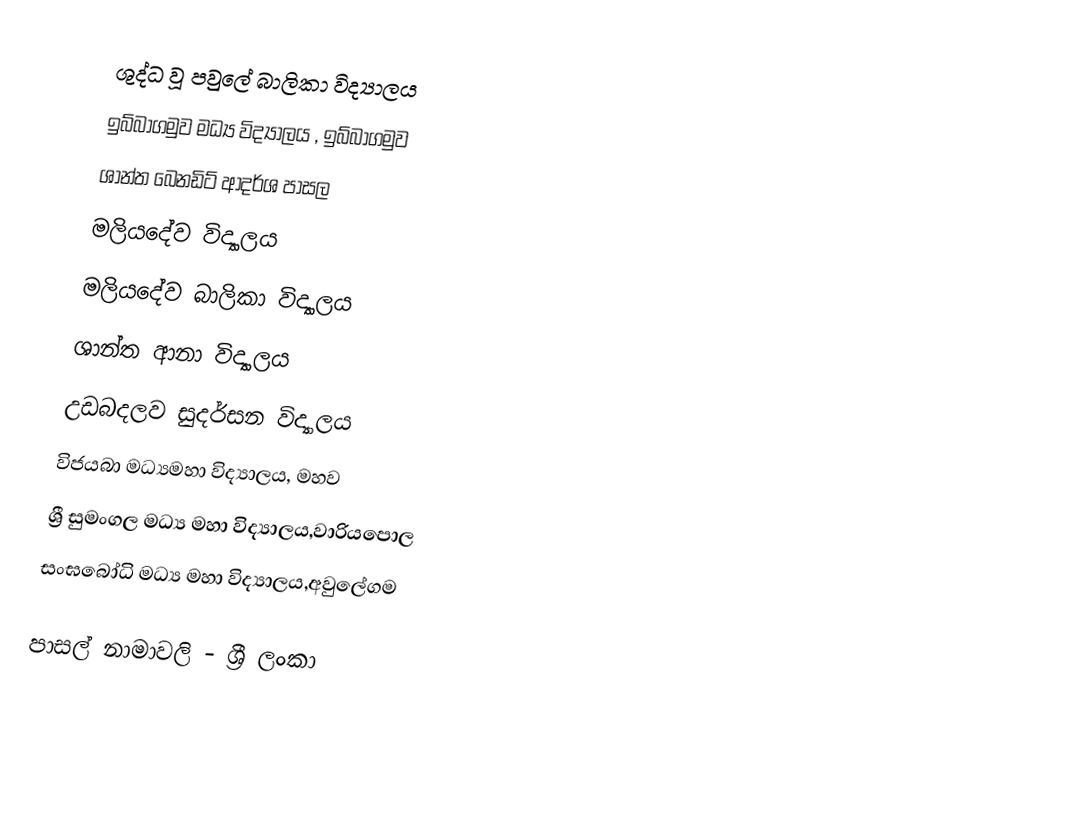
ශුද්ධ වූ පවුලේ බාලිකා විද්‍යාලය
 ඉබ්බාගමුව මධ්‍ය විද්‍යාලය , ඉබ්බාගමුව
 ශාන්ත බෙනඩිට් ආදර්ශ පාසල
 මලියදේව විද්‍යාලය
 මලියදේව බාලිකා විද්‍යාලය
 ශාන්ත ආනා විද්‍යාලය
 උඩබදලව සුදර්සන විද්‍යාලය
 විජයබා මධ්‍යමහා විද්‍යාලය, මහව
  ශ්‍රී සුමංගල මධ්‍ය මහා විද්‍යාලය,වාරියපොල
සංඝබෝධි මධ්‍ය මහා විද්‍යාලය,අවුලේගම

පාසල් නාමාවලි - ශ්‍රී ලංකා